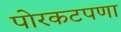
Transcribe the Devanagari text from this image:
पोरकटपणा